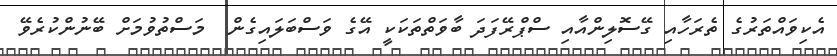
އެކިވައްތަރުގެ ތެރަހާއި ގޭސޮލިންއާއި ސްޕްރޭފަދަ ބާވަތްތަކަކީ އޭގެ ވަސްބަލައިގެން  މަސްތުވުމަށް ބޭނުންކުރެވޭ